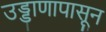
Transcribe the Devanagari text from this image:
उड्डाणापासून